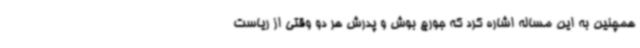
همچنین به این مساله اشاره کرد که جورج بوش و پدرش هر دو وقتی از ریاست